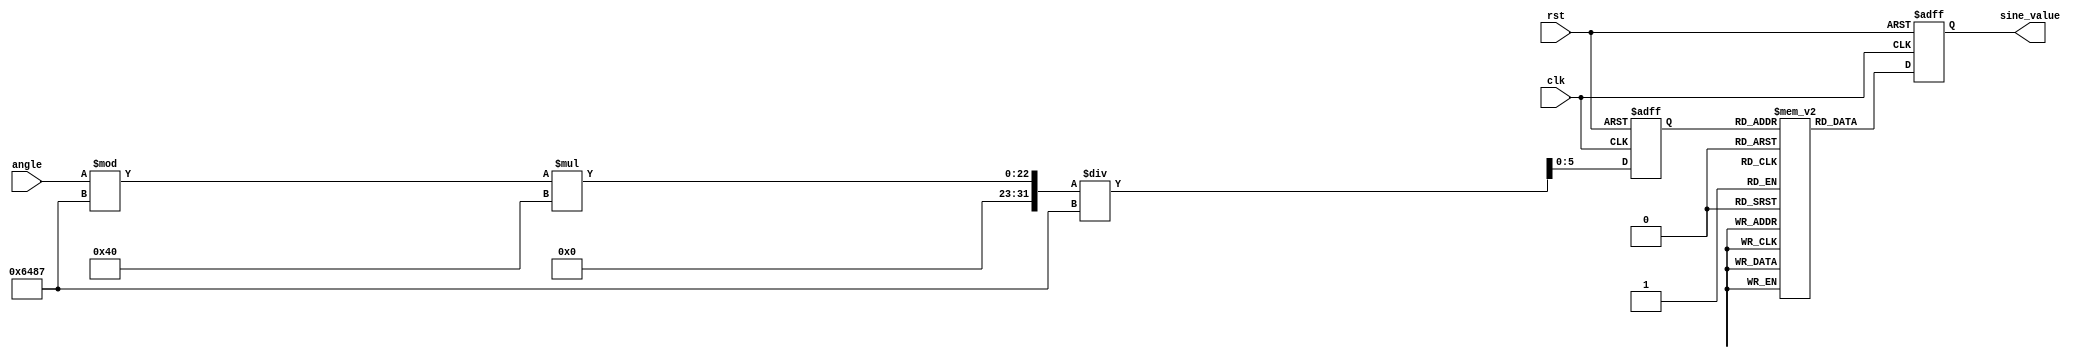
module sine_function (
    input wire clk,
    input wire rst,
    input wire [15:0] angle, // Input angle in radians (fixed-point representation)
    output reg [15:0] sine_value // Output sine value (fixed-point representation)
);

    // Parameters
    parameter LUT_SIZE = 64; // Size of the lookup table
    parameter PI = 16'h3243;  // Fixed-point representation of  (approx. 3.14159)
    parameter TWO_PI = 16'h6487; // Fixed-point representation of 2 (approx. 6.28318)

    // Sine lookup table (pre-calculated values)
    reg [15:0] sine_lut [0:LUT_SIZE-1];

    // Initialize the sine lookup table
    initial begin
        // Populate the LUT with sine values (example values)
        sine_lut[0] = 16'h0000; // sin(0)
        sine_lut[1] = 16'h199A; // sin(/6)
        sine_lut[2] = 16'h32C8; // sin(/4)
        sine_lut[3] = 16'h4CC6; // sin(/3)
        sine_lut[4] = 16'h7FFF; // sin(/2)
        // ... (populate the rest of the LUT)
        sine_lut[63] = 16'h0000; // sin(2)
    end

    // Normalize the input angle to the range [0, 2]
    wire [15:0] normalized_angle;
    assign normalized_angle = angle % TWO_PI;

    // State machine for sine computation
    reg [5:0] lut_index; // Index for the LUT
    reg [15:0] angle_fraction; // Fractional part of the angle for interpolation

    always @(posedge clk or posedge rst) begin
        if (rst) begin
            sine_value <= 16'h0000; // Reset output
            lut_index <= 6'b0; // Reset LUT index
        end else begin
            // Calculate LUT index based on normalized angle
            lut_index <= normalized_angle * LUT_SIZE / TWO_PI;

            // Get the sine value from the LUT
            sine_value <= sine_lut[lut_index];

            // Optional: Implement interpolation if needed
            // This is a simplified example and does not include interpolation logic.
        end
    end

endmodule